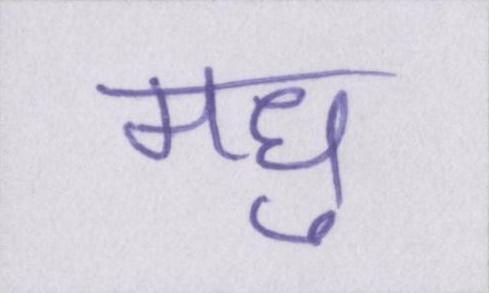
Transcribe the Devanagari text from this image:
मधु